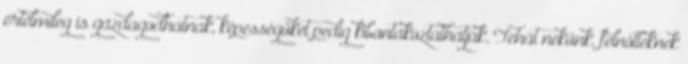
értelmileg is gazdagodhatnak, képességüket pedig kibontakoztathatják. Tehát nekünk, felnőtteknek